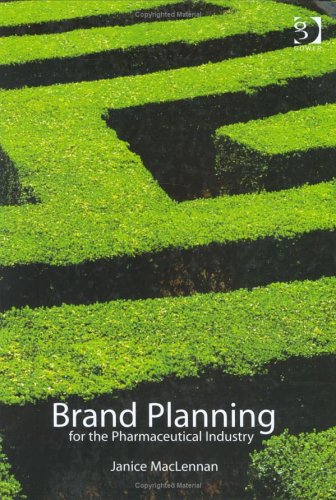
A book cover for Brand Planning for the Pharmaceutical Industry; Janice Maclennan; Business & Money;